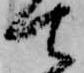
て